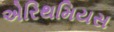
એરિથમિયસ